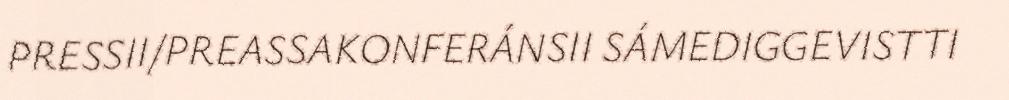
PRESSII/PREASSAKONFERÁNSII SÁMEDIGGEVISTTI